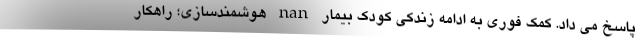
پاسخ می داد. کمک فوری به ادامه زندکی کودک بیمار nan هوشمندسازی؛ راهکار